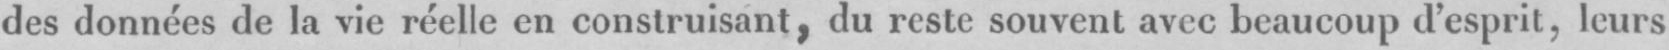
des données de la vie réelle en construisant, du reste souvent avec beaucoup d’esprit, leurs